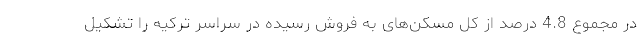
در مجموع 4.8 درصد از کل مسکن‌های به فروش رسیده در سراسر ترکیه را تشکیل